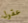
عقول